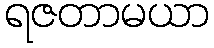
ရဇတာမယာ